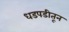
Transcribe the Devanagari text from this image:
धडपडीतून